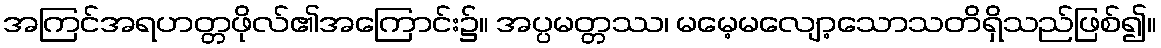
အကြင်အရဟတ္တဖိုလ်၏အကြောင်း၌။ အပ္ပမတ္တဿ၊ မမေ့မလျော့သောသတိရှိသည်ဖြစ်၍။